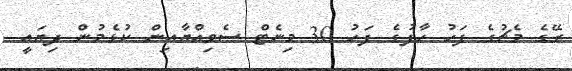
ރޭގެ މެޗުގެ ފަހު ހާފުގެ ފަހު 30 މިނެޓް ސެވިއްޔާއިން ކުޅެމުން ދިޔައީ